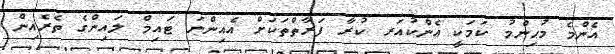
އެންމެ މުޙިންމު ކަމަކީ އެންކުއަރ ކުރާ ފަރާތްތަކަށް އެއިންނަ ޓައިމް ލައިންގެ ތެރެއިން